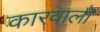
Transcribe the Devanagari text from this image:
कारवालो